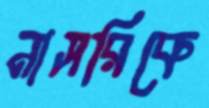
নাসরিকে